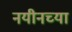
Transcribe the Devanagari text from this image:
नयीनच्या